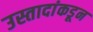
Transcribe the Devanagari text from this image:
उस्तादांकडून